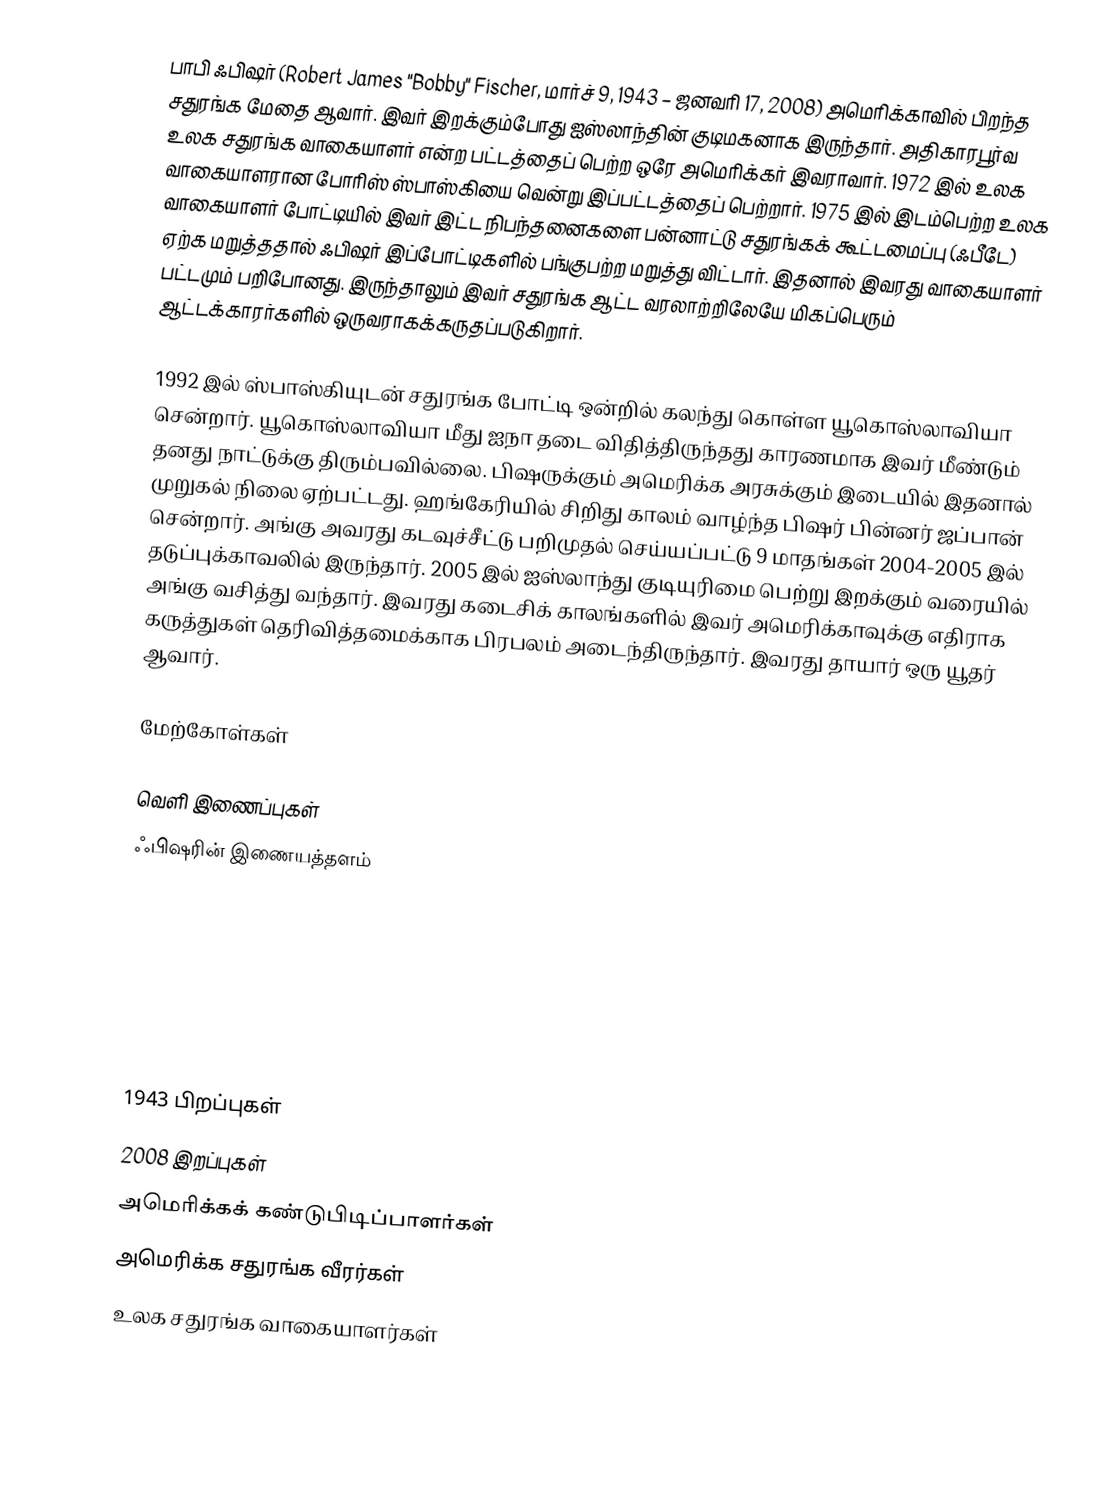
பாபி ஃபிஷர் (Robert James "Bobby" Fischer, மார்ச் 9, 1943 – ஜனவரி 17, 2008) அமெரிக்காவில் பிறந்த சதுரங்க மேதை ஆவார். இவர் இறக்கும்போது ஐஸ்லாந்தின் குடிமகனாக இருந்தார். அதிகாரபூர்வ உலக சதுரங்க வாகையாளர் என்ற பட்டத்தைப் பெற்ற ஒரே அமெரிக்கர் இவராவார். 1972 இல் உலக வாகையாளரான போரிஸ் ஸ்பாஸ்கியை வென்று இப்பட்டத்தைப் பெற்றார். 1975 இல் இடம்பெற்ற உலக வாகையாளர் போட்டியில் இவர் இட்ட நிபந்தனைகளை பன்னாட்டு சதுரங்கக் கூட்டமைப்பு (ஃபீடே) ஏற்க மறுத்ததால் ஃபிஷர் இப்போட்டிகளில் பங்குபற்ற மறுத்து விட்டார். இதனால் இவரது வாகையாளர் பட்டமும் பறிபோனது. இருந்தாலும் இவர் சதுரங்க ஆட்ட வரலாற்றிலேயே மிகப்பெரும் ஆட்டக்காரர்களில் ஒருவராகக்கருதப்படுகிறார்.

1992 இல் ஸ்பாஸ்கியுடன் சதுரங்க போட்டி ஒன்றில் கலந்து கொள்ள யூகொஸ்லாவியா சென்றார். யூகொஸ்லாவியா மீது ஐநா தடை விதித்திருந்தது காரணமாக இவர் மீண்டும் தனது நாட்டுக்கு திரும்பவில்லை. பிஷருக்கும் அமெரிக்க அரசுக்கும் இடையில் இதனால் முறுகல் நிலை ஏற்பட்டது. ஹங்கேரியில் சிறிது காலம் வாழ்ந்த பிஷர் பின்னர் ஜப்பான் சென்றார். அங்கு அவரது கடவுச்சீட்டு பறிமுதல் செய்யப்பட்டு 9 மாதங்கள் 2004-2005 இல் தடுப்புக்காவலில் இருந்தார். 2005 இல் ஐஸ்லாந்து குடியுரிமை பெற்று இறக்கும் வரையில் அங்கு வசித்து வந்தார். இவரது கடைசிக் காலங்களில் இவர் அமெரிக்காவுக்கு எதிராக கருத்துகள் தெரிவித்தமைக்காக பிரபலம் அடைந்திருந்தார். இவரது தாயார் ஒரு யூதர் ஆவார்.

மேற்கோள்கள்

வெளி இணைப்புகள்
 ஃபிஷரின் இணையத்தளம்

1943 பிறப்புகள்
2008 இறப்புகள்
அமெரிக்கக் கண்டுபிடிப்பாளர்கள்
அமெரிக்க சதுரங்க வீரர்கள்
உலக சதுரங்க வாகையாளர்கள்